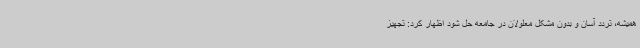
همیشه، تردد آسان و بدون مشکل معلولان در جامعه حل شود اظهار کرد: تجهیز